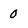
Character: 0